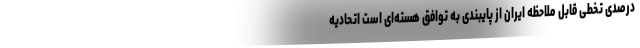
درصدی تخطی قابل ملاحظه‌ ایران از پایبندی به توافق هسته‌ای است اتحادیه